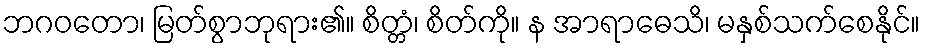
ဘဂဝတော၊ မြတ်စွာဘုရား၏။ စိတ္တံ၊ စိတ်ကို။ န အာရာဓေသိ၊ မနှစ်သက်စေနိုင်။